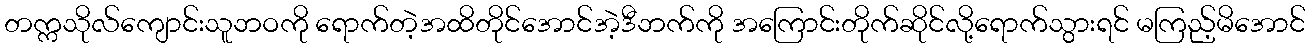
တက္ကသိုလ်ကျောင်းသူဘဝကို ရောက်တဲ့အထိတိုင်အောင်အဲ့ဒီဘက်ကို အကြောင်းတိုက်ဆိုင်လို့ရောက်သွားရင် မကြည့်မိအောင်